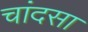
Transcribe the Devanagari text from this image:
चांदसा